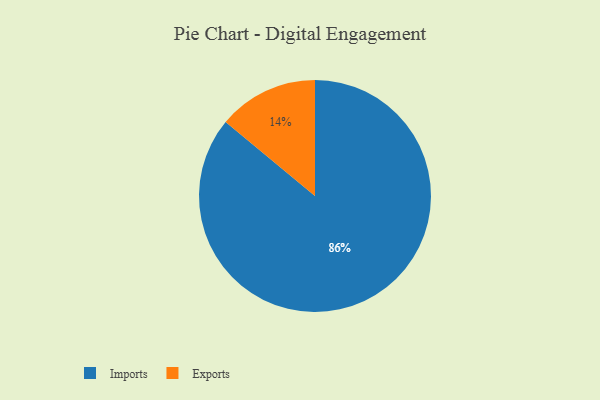
{"axis": {"x": "Category", "y": "Percentage"}, "legend": ["Exports", "Imports"], "data": [{"x": "Exports", "y": 14, "type": "Exports"}, {"x": "Imports", "y": 86, "type": "Imports"}]}